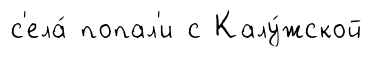
с'ела́ попал'и с Калу́жской